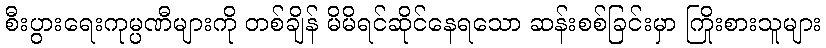
စီးပွားရေးကုမ္ပဏီများကို တစ်ချိန် မိမိရင်ဆိုင်နေရသော ဆန်းစစ်ခြင်းမှာ ကြိုးစားသူများ